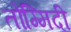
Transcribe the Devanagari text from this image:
तोम्मिदी